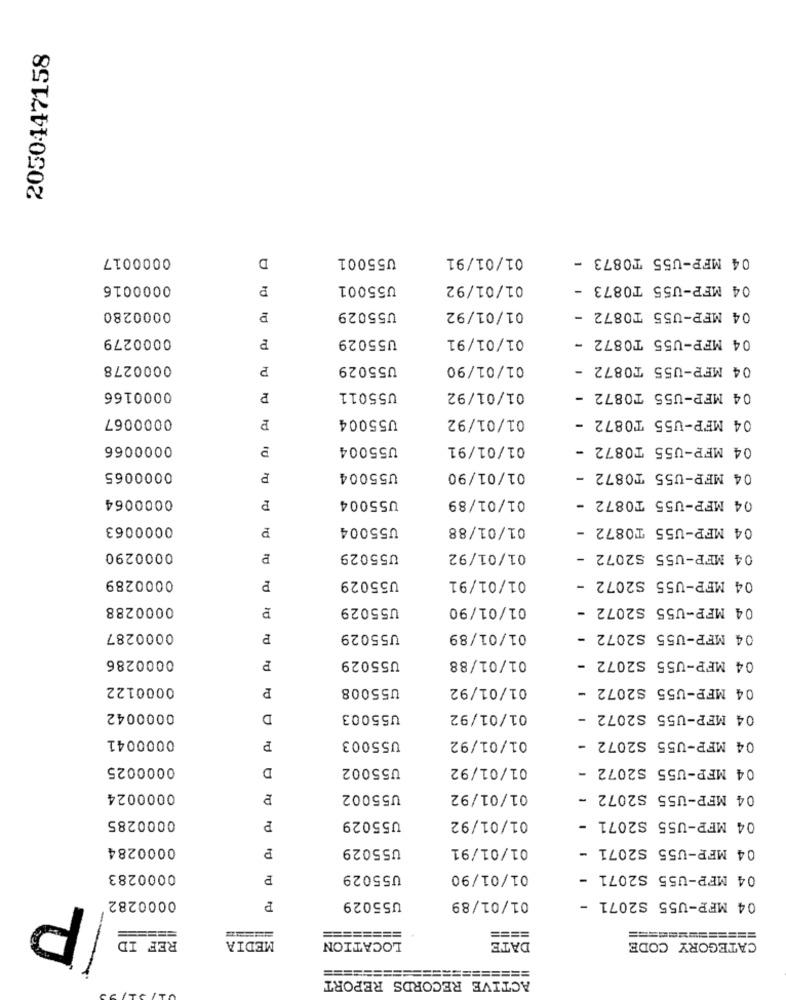
2050447158
0000017
D
U55001
01/01/91
04 MFP-U55 T0873 -
0000016
U55001
01/01/92
04 MFP-U55 T0873 -
01/01/92
0000280
U55029
04 MFP-U55 T0872 -
0000279
P
U55029
01/01/91
04 MFP-U55 TO872 -
0000278
P
U55029
01/01/90
04 MFP-U55 T0872 -
0000166
U55011
01/01/92
04 MFP-U55 TO872 -
0000067
P
U55004
01/01/92
04 MFP-U55 T0872 -
0000066
U55004
01/01/91
04 MFP-U55 T0872 -
0000065
P
U55004
01/01/90
04 MFP-U55 T0872 -
0000064
₽
U55004
01/01/89
04 MFP-U55 T0872 -
0000063
P
U55004
01/01/88
04 MFP-U55 T0872 -
0000290
U55029
01/01/92
04 MFP-U55 S2072 -
0000289
U55029
01/01/91
04 MFP-U55 S2072 -
P
0000288
U55029
01/01/90
04 MFP-U55 S2072 -
10
0000287
U55029
01/01/89
04 MFP-U55 S2072 -
0000286
U55029
01/01/88
04 MFP-U55 S2072 -
P
0000122
P
U55008
01/01/92
04 MFP-U55 S2072 -
0000042
D
U55003
01/01/92
04 MFP-U55 S2072 -
0000041
U55003
01/01/92
04 MFP-U55 S2072 -
P
0000025
D
U55002
01/01/92
04 MFP-U55 S2072 -
0000024
U55002
01/01/92
04 MFP-U55 S2072 -
0000285
01/01/92
04 MFP-U55 S2071 -
P
U55029
0000284
U55029
01/01/91
04 MFP-U55 S2071 -
0000283
P
U55029
01/01/90
04 MFP-U55 S2071 -
P
0000282
04 MFP-U55 S2071
P
U55029
01/01/89
===
========
====
==============
REF ID
MEDIA
LOCATION
DATE
CATEGORY CODE
=====================
ACTIVE RECORDS REPORT